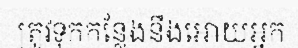
ត្រូវទុកកន្លែងនឹងអោយអ្នក